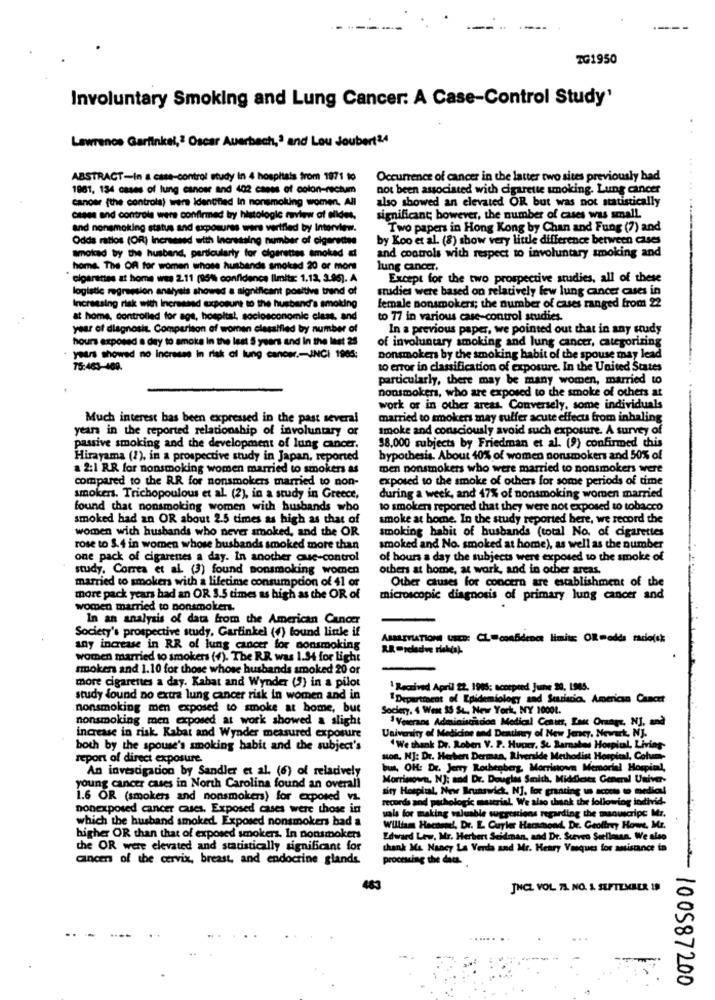
TG1950
Involuntary Smoking and Lung Cancer: A Case-Control Study'
Lawrence Garfinkel," Oscar Auerbach,' and Lou Joubert24
ABSTRACT-In a case-control study in 4 hospitais from 1971 to
Occurrence of cancer in the latter two sites previously had
1981, 134 cases of lung cancer and 402 cases of colon-rectum
not been associated with cigarette smoking. Lung cancer
.....
cancer (the controls) were identified In nonsmoking women, All
also showed an elevated OR but was not statistically
case and controle were confirmed lay histologic review of alldes,
significant; however, the number of cases was small.
and nonsmoking status and exposures were vertfiled by Interview.
Two papers in Hong Kong by Chan and Fung (7) and
Odda ratlos (OR) Increased with Increasing number of cigarettes
by Koo et al. (8) show very little difference between cases
smoked by the husband, particularly for cigarettes smoked &
and controls with respect to involuntary smoking and
home. The OR for women whose husbands smoked 20 or more
lung cancer.
"cigarettes at home wes 2.11 (95% confidence limitx: 1.12, 3.95). A
Except for the two prospective studies, all of these
logistic regression analysis showed a significant positive trend of
studies were based on relatively few lung cancer cases in
Increasing risk with Increased exposure to the husband's smoking
female nonsmokers; the number of cases ranged from 22
at home, controlled for age, hospital, sociosconomic clant, and
to 77 in various case-control studies.
year of diagnosis. Comparison of women classified by number of
In a previous paper, we pointed out that in any study
hours exposed a day to smoke in the last 5 years and In the last 25
of involuntary smoking and lung cancer, categorizing
years showed no Increses in risk of lung cancer .- INCI 1905:
nonsmokers by the smoking habit of the spouse may lead
75:463-409.
to error in classification of exposure. In the United States
particularly, there may be many women, married to
nonsmokers, who are exposed to the smoke of others at
work or in other areas. Conversely, some individuals
Much interest bas been expressed in the past several
married to smokers may suffer acute effects from inhaling
years in the reported relationship of involuntary or
smoke and consciously avoid such exposure. A survey of
passive smoking and the development of lung cancer.
38,000 subjects by Friedman et al. (9) confirmed this
Hirayama (2), in a prospective study in Japan, reported
hypothesis. About 40% of women nonsmokers and 50% of
a 2:1 RR for nonsmoking women married to smokers as
men nonsmokers who were married to nonsmokers were
compared to the RR for nonsmokers married to non-
exposed to the smoke of others for some periods of time
smokers. Trichopoulous et al. (2), in a study in Greece,
during a week, and 47% of nonsmoking women married
found that nonsmoking women with husbands who
to smoken reported that they were not exposed to tobacco
smoked had an OR about 2.5 times as high as that of
smoke at home. In the study reported here, we record the
women with husbands who never smoked, and the OR
smoking habit of husbands (total No. of cigarettes
rose to 3.4 in women whose busbands smoked more than
smoked and No. smoked at home), as well as the number
one pack of cigarenes a day. In another que-control
of hours a day the subjects were exposed to the smoke of
study. Correa et al. (3) found nonsmoking women
others at home, at work, and in other areas.
married to smokers with a lifetime consumption of 41 or
Other causes for concern are establishment of the
more pack years had an OR 3.5 times as high as the OR of
microscopic diagnosis of primary lung cancer and
women married to nonsmoker.
In an analysis of data from the American Cancer
Society's prospective study. Garfinkel (f) found linle if
ABMALETLATIONI USED: CL=confidence limit: ORmedds racio(sk
any increase in RR of lung cancer for nonsmoking
R.R Preledve risk(s).
women married to smokers (+). The RR was 1.54 for light
smokers and 1.10 for those whose husbands smoked 20 or
more cigarettes a day. Kabat and Wynder (5) in a pilot
1 Received April 22. 1995; accepted June 20, 1985.
study found no extra lung cancer risk in women and in
"Department of Epidemiology sad Suariscic, American Cancer
nonsmoking men exposed to smoke at home, but
Sociery. 4 Went 35 SL, New York, NY 10001.
nonsmoking men exposed at work showed a slight
Veterans Administration Medical Conun, Las Orange, NJ, and
University of Medicine and Dentinry of New Jersey, Newark, NJ.
increase in risk. Kabat and Wynder measured exposure
both by the spouse's smoking habit and the subject's
"We thank Dr. Robert V. P. Hucker. Sc. Barnaby)
natos Hospital, Living
report of direct exposure.
Hon, NJ: Dr. Herbert Derman, Riverside Methodist Hospital, Cohes
bout, OH: Dr. Jerry Rothenberg, Morristown Memorial Hospital,
An investigation by Sandler et al. (6) of relatively
Morrisown, NJ: sod Dr. Douglas Smith, Middlesex General Univer-
young cancer cases in North Carolina found an overall
sity Hospital, New Brunswick, NJ. for granting un access to medica
1.6 OR (smokers and nonsmokers) for exposed vs.
records and pathologic muscrial. We also thank the following individ-
nonexposed cancer cases. Exposed cases were those in
sala for making valuable suggestions regarding the manuscript Mr.
which the husband smoked Exposed nonsmokers had a
William Haconml, Dr. L. Cuyler Harsmond. Dr. Geoffrey Howe, Mr.
higher OR than that of exposed smokers. In nonsmokers
Edward Lew, Mr. Herbert Seidman, and Dr. Steven Seelinsan. We also
che OR were elevated and statistically significant for
thank Ma Nancy La Verda and Mr. Henry Vasques for assistance to
cancer of the cervix, breast, and endocrine glands.
processing the data.
JNCL VOL 7A. NO. 1. SEPTEMBER IS
100587200